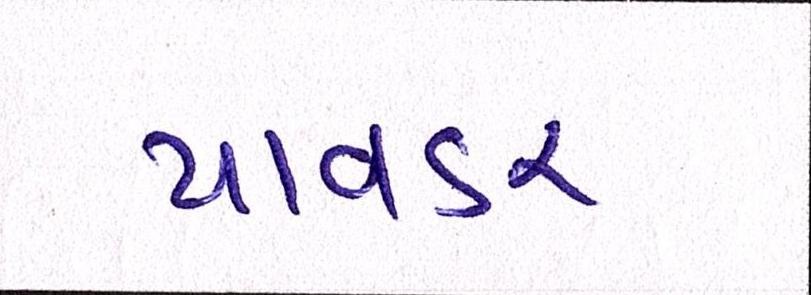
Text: પાવડર